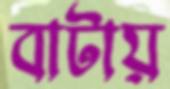
বাটায়